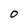
Character: O